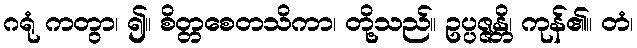
ဂရုံ ကတွာ၊ ၍။ စိတ္တစေတသိကာ၊ တို့သည်။ ဥပ္ပဇ္ဇန္တိ၊ ကုန်၏။ တံ၊